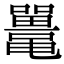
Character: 鼍